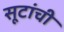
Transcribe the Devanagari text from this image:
सूटांची